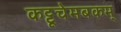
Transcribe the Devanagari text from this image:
कट्टूचेमबकम्